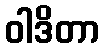
ဝါဒိတာ